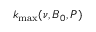
k _ { \operatorname* { m a x } } ( \nu , B _ { 0 } , P )